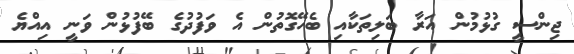
ޖިންސީ ގުޅުމުން އަރާ ބަލިތަކާއި ބެހޭގޮތުން އެ ވަފުދުގެ ބޭފުޅުން ވަނީ އިއްޔެ